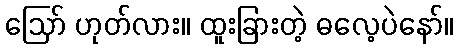
ဪ ဟုတ်လား။ ထူးခြားတဲ့ ဓလေ့ပဲနော်။